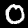
Label: 0